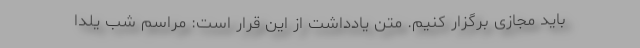
باید مجازی برگزار کنیم. متن یادداشت از این قرار است: مراسم شب یلدا